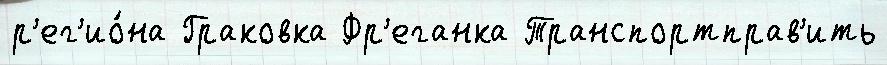
р'ег'ио́на Граковка Фр'еганка Транспортправ'ить